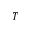
T